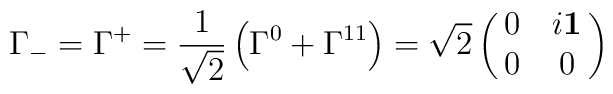
\Gamma_{-} = \Gamma^{+} ={1 \over \sqrt{2}} \left(\Gamma^0 + \Gamma^{11} \right) = \sqrt{2} \pmatrix{0 & i \bf{1} \cr0 & 0 \cr}